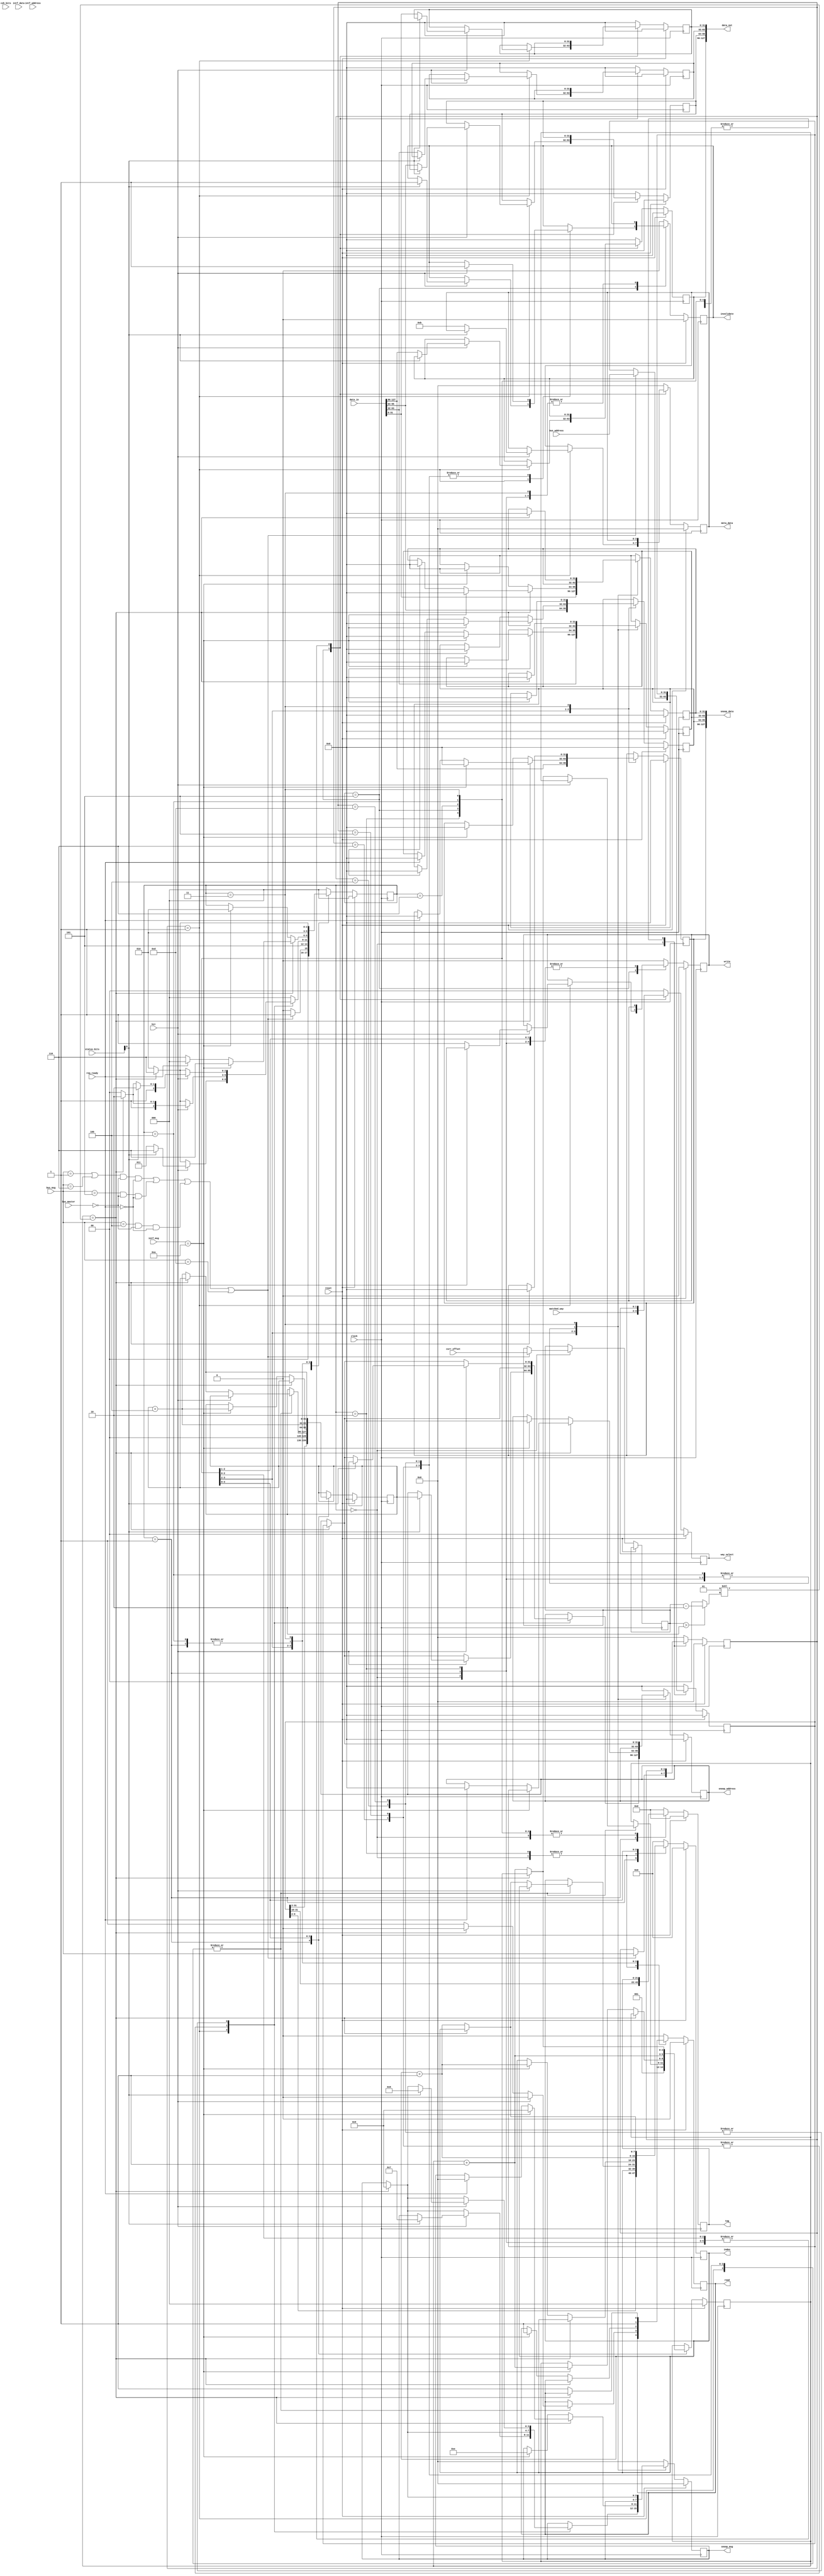
/** @module : snooper
 *  @author : Adaptive & Secure Computing Systems (ASCS) Laboratory

 *  Copyright (c) 2018 BRISC-V (ASCS/ECE/BU)
 *  Permission is hereby granted, free of charge, to any person obtaining a copy
 *  of this software and associated documentation files (the "Software"), to deal
 *  in the Software without restriction, including without limitation the rights
 *  to use, copy, modify, merge, publish, distribute, sublicense, and/or sell
 *  copies of the Software, and to permit persons to whom the Software is
 *  furnished to do so, subject to the following conditions:
 *  The above copyright notice and this permission notice shall be included in
 *  all copies or substantial portions of the Software.

 *  THE SOFTWARE IS PROVIDED "AS IS", WITHOUT WARRANTY OF ANY KIND, EXPRESS OR
 *  IMPLIED, INCLUDING BUT NOT LIMITED TO THE WARRANTIES OF MERCHANTABILITY,
 *  FITNESS FOR A PARTICULAR PURPOSE AND NONINFRINGEMENT. IN NO EVENT SHALL THE
 *  AUTHORS OR COPYRIGHT HOLDERS BE LIABLE FOR ANY CLAIM, DAMAGES OR OTHER
 *  LIABILITY, WHETHER IN AN ACTION OF CONTRACT, TORT OR OTHERWISE, ARISING FROM,
 *  OUT OF OR IN CONNECTION WITH THE SOFTWARE OR THE USE OR OTHER DEALINGS IN
 *  THE SOFTWARE.
 */

module snooper #(
parameter CACHE_OFFSET_BITS =  2, //max offset bits from cache side
          BUS_OFFSET_BITS   =  1, //determines width of the bus
          DATA_WIDTH        = 32,
          ADDRESS_WIDTH     = 32,
          MSG_BITS          =  4,
          INDEX_BITS        =  8,  //max index bits for the cache
          COHERENCE_BITS    =  2,
          STATUS_BITS       =  2,
          NUMBER_OF_WAYS    =  4,
	        MAX_OFFSET_BITS   =  2
)(
clock,
reset,
data_in,
matched_way,
coh_bits,
status_bits,
hit,
read, 
write, 
invalidate,
index,
tag,
meta_data,
data_out,
way_select,

intf_msg,
intf_address,
intf_data,
snoop_msg,
snoop_address,
snoop_data,

bus_msg,
bus_address,
req_ready,
bus_master,
curr_offset
);

//define the log2 function
function integer log2;
input integer value;
begin
  value = value-1;
  for (log2=0; value>0; log2=log2+1)
    value = value >> 1;
end
endfunction

localparam CACHE_WORDS = 1 << CACHE_OFFSET_BITS; //number of words in one line.
localparam BUS_WORDS   = 1 << BUS_OFFSET_BITS; //width of data bus.
localparam CACHE_WIDTH = DATA_WIDTH*CACHE_WORDS;
localparam SBITS       = COHERENCE_BITS + STATUS_BITS;
localparam TAG_BITS    = ADDRESS_WIDTH - CACHE_OFFSET_BITS - INDEX_BITS;
localparam WAY_BITS    = (NUMBER_OF_WAYS > 1) ? log2(NUMBER_OF_WAYS) : 1;

localparam IDLE            = 3'd0,
           START           = 3'd1,
           READ_LINE       = 3'd2,
           WRITE_LINE      = 3'd3,
           INVALIDATE_LINE = 3'd4,
           ACTION          = 3'd5,
           WAIT_FOR_RESP   = 3'd6;

// Define INCLUDE_FILE  to point to /includes/params.h. The path should be
// relative to your simulation/sysnthesis directory. You can add the macro
// when compiling this file in modelsim by adding the following argument to the
// vlog command that compiles this module:
// +define+INCLUDE_FILE="../../../includes/params.h"
//bus messages
localparam NO_REQ     = 4'd0,
           R_REQ      = 4'd1,
           WB_REQ     = 4'd2,
           FLUSH      = 4'd3,
           FLUSH_S    = 4'd4,
           WS_BCAST   = 4'd5,
           RFO_BCAST  = 4'd6,
           C_WB       = 4'd7,
           C_FLUSH    = 4'd8,
           EN_ACCESS  = 4'd9,
           MEM_RESP   = 4'd10,
           MEM_RESP_S = 4'd11,
           MEM_C_RESP = 4'd12,
           REQ_FLUSH  = 4'd13,
           HOLD_BUS   = 4'd14;



// coherence states
localparam INVALID   = 2'b00,
           EXCLUSIVE = 2'b01,
           SHARED    = 2'b11,
           MODIFIED  = 2'b10;


input clock, reset;
//interface to cache memory
input  [CACHE_WIDTH-1   :0] data_in;
input  [WAY_BITS-1      :0] matched_way;
input  [COHERENCE_BITS-1:0] coh_bits;
input  [STATUS_BITS-1   :0] status_bits;
input  hit;
output read, write, invalidate;
output [INDEX_BITS-1    :0] index;
output [TAG_BITS-1      :0] tag;
output [SBITS-1         :0] meta_data;
output [CACHE_WIDTH-1   :0] data_out;
output [WAY_BITS-1      :0] way_select;

//interface to L1 bus interface
input  [MSG_BITS-1:      0] intf_msg;
input  [ADDRESS_WIDTH-1: 0] intf_address;
input  [CACHE_WIDTH-1:   0] intf_data;
output [MSG_BITS-1:      0] snoop_msg;
output [ADDRESS_WIDTH-1: 0] snoop_address;
output [CACHE_WIDTH-1:   0] snoop_data;

//interface to the shared bus
input  [MSG_BITS-1:      0] bus_msg;
input  [ADDRESS_WIDTH-1: 0] bus_address;
input req_ready;
input bus_master;
input [log2(MAX_OFFSET_BITS):0] curr_offset;


//internal variables
genvar i;
integer j;

wire [DATA_WIDTH-1:0] w_cache_data [CACHE_WORDS-1:0];
wire [MAX_OFFSET_BITS-1:0] offset_diff;
wire [MAX_OFFSET_BITS  :0] ratio;
wire wider_transfer, wider_line;
wire read_req, write_req, flush_req, mflush_req;
wire dirty;


reg [2:0] state;
reg r_read, r_write, r_invalidate;
reg [INDEX_BITS-1 :0] r_index;
reg [TAG_BITS-1   :0] r_tag;
reg [SBITS-1      :0] r_meta_data;
reg [DATA_WIDTH-1: 0] r_data_out [CACHE_WORDS-1:0];
reg [WAY_BITS-1   :0] r_way_select;
reg [MSG_BITS-1:     0] r_snoop_msg;
reg [ADDRESS_WIDTH-1:0] r_snoop_address;
reg [DATA_WIDTH-1:   0] r_snoop_data [CACHE_WORDS-1:0];
reg [MSG_BITS-1:     0] r_bus_msg;
reg [ADDRESS_WIDTH-1:0] r_bus_address;
reg [DATA_WIDTH-1:   0] r_transfer_words;
reg [ADDRESS_WIDTH-1:0] address_counter;
reg [MAX_OFFSET_BITS:0] line_counter, word_counter;
reg [log2(MAX_OFFSET_BITS):0] r_curr_offset;


generate
  for(i=0; i<CACHE_WORDS; i=i+1)begin: SPLIT_CACHE_DATA
    assign w_cache_data[i] = data_in[i*DATA_WIDTH +: DATA_WIDTH];
  end
endgenerate

assign dirty = status_bits[STATUS_BITS-2];

assign offset_diff = (r_curr_offset > CACHE_OFFSET_BITS) ? 
                     (r_curr_offset - CACHE_OFFSET_BITS) : 0;

assign ratio = 1 << offset_diff;
assign wider_transfer = r_curr_offset     >  CACHE_OFFSET_BITS;
assign wider_line     = CACHE_OFFSET_BITS >= r_curr_offset;

assign read_req   = ((bus_msg == R_REQ) | (bus_msg == RFO_BCAST)) & ~bus_master
                    & ~req_ready;
assign write_req  = (bus_msg == WS_BCAST) & ~bus_master & ~req_ready;
assign mflush_req = (bus_msg == REQ_FLUSH);
assign flush_req  = (bus_msg == FLUSH_S) & ~bus_master & ~req_ready;


//assign outputs
assign read = r_read;
assign write = r_write;
assign invalidate = r_invalidate;
assign index = r_index;
assign tag = r_tag;
assign meta_data = r_meta_data;
assign way_select = r_way_select;
assign snoop_msg = r_snoop_msg;
assign snoop_address = r_snoop_address;

generate
  for(i=0; i<CACHE_WORDS; i=i+1)begin: SN_DATA
    assign snoop_data[i*DATA_WIDTH +: DATA_WIDTH] = r_snoop_data[i];
    assign data_out[i*DATA_WIDTH +: DATA_WIDTH]   = r_data_out[i]  ;
  end
endgenerate





//coherence FSM
always @(posedge clock)begin
  if(reset)begin
    r_read       <= 1'b0;
    r_write      <= 1'b0;
    r_invalidate <= 1'b0;
    r_index      <= {INDEX_BITS{1'b0}};
    r_tag        <= {TAG_BITS{1'b0}};
    r_meta_data  <= {SBITS{1'b0}};
    r_way_select <= {WAY_BITS{1'b0}};
    for(j=0; j<CACHE_WORDS; j=j+1)begin
      r_data_out[j] <= {DATA_WIDTH{1'b0}};
    end
    r_snoop_msg <= NO_REQ;
    r_snoop_address <= {ADDRESS_WIDTH{1'b0}};
    for(j=0; j<CACHE_WORDS; j=j+1)begin
      r_snoop_data[j] <= {DATA_WIDTH{1'b0}};
    end
    r_bus_address   <= {ADDRESS_WIDTH{1'b0}};
    address_counter <= {ADDRESS_WIDTH{1'b0}};
    r_bus_msg       <= NO_REQ;
    line_counter    <= {(MAX_OFFSET_BITS+1){1'b0}};
    word_counter    <= {MAX_OFFSET_BITS{1'b0}};
    state           <= IDLE;
  end
  else begin
    case(state)
      IDLE:begin
        if(read_req | write_req | flush_req | mflush_req)begin
          r_bus_msg     <= bus_msg;
          r_bus_address <= bus_address;
          r_curr_offset <= curr_offset;
          state         <= START;
        end
        else
          state <= IDLE;
      end
      START:begin
        r_index         <= r_bus_address[CACHE_OFFSET_BITS +: INDEX_BITS];
        address_counter <= {r_bus_address[ADDRESS_WIDTH-1 : CACHE_OFFSET_BITS],
                           {CACHE_OFFSET_BITS{1'b0}}};
        r_tag           <= r_bus_address[ADDRESS_WIDTH-1 -: TAG_BITS];
        r_read          <= 1'b1;
        line_counter    <= 1;
        state           <= READ_LINE;
      end
      READ_LINE:begin
        state <= ACTION;
      end
      ACTION:begin
        for(j=0; j<CACHE_WORDS; j=j+1)begin
          r_snoop_data[j] <= w_cache_data[j];
        end
        r_way_select <= matched_way;
        case(r_bus_msg)
          R_REQ:begin
            if(hit)begin
              if(dirty)begin
                r_snoop_msg     <= C_WB;
                r_snoop_address <= address_counter;
                r_read          <= 1'b0;
                r_invalidate    <= 1'b1;
                state           <= WAIT_FOR_RESP;
              end
              else begin
                r_read       <= 1'b0;
                r_write      <= 1'b1;
                r_meta_data  <= {2'b10, SHARED};
                for(j=0; j<CACHE_WORDS; j=j+1)begin
                  r_data_out[j] <= w_cache_data[j];
                end
                state        <= WRITE_LINE;
              end
            end
            else begin
              if(line_counter == ratio)begin
                r_read          <= 1'b0;
                r_snoop_msg     <= EN_ACCESS;
                r_snoop_address <= r_bus_address;
                state           <= WAIT_FOR_RESP;
              end
              else begin
                r_read          <= 1'b1;
                r_index         <= r_index + 1;
                address_counter <= address_counter + CACHE_WORDS;
                line_counter    <= line_counter + 1;
                state           <= READ_LINE;
              end
            end
          end
          RFO_BCAST:begin
            if(hit)begin
              if(line_counter == ratio)begin
                r_read          <= 1'b0;
                r_invalidate    <= 1'b1;
                r_snoop_msg     <= EN_ACCESS;
                r_snoop_address <= r_bus_address;
                state           <= WAIT_FOR_RESP;
              end
              else begin
                r_read       <= 1'b0;
                r_invalidate <= 1'b1;
                state        <= INVALIDATE_LINE;
              end
            end
            else begin
              if(line_counter == ratio)begin
                r_read          <= 1'b0;
                r_snoop_msg     <= EN_ACCESS;
                r_snoop_address <= r_bus_address;
                state           <= WAIT_FOR_RESP;
              end
              else begin
                r_read          <= 1'b1;
                r_index         <= r_index + 1;
                address_counter <= address_counter + CACHE_WORDS;
                line_counter    <= line_counter + 1;
                state           <= READ_LINE;
              end
            end
          end
          WS_BCAST:begin
            if(hit)begin
              if(line_counter == ratio)begin
                r_read          <= 1'b0;
                r_invalidate    <= 1'b1;
                r_snoop_msg     <= EN_ACCESS;
                r_snoop_address <= r_bus_address;
                state           <= WAIT_FOR_RESP;
              end
              else begin
                r_read       <= 1'b0;
                r_invalidate <= 1'b1;
                state        <= INVALIDATE_LINE;
              end
            end
            else begin
              if(line_counter == ratio)begin
                r_read          <= 1'b0;
                r_snoop_msg     <= EN_ACCESS;
                r_snoop_address <= r_bus_address;
                state <= WAIT_FOR_RESP;
              end
              else begin
                r_read          <= 1'b1;
                r_index         <= r_index + 1;
                address_counter <= address_counter + CACHE_WORDS;
                line_counter    <= line_counter + 1;
                state           <= READ_LINE;
              end
            end
          end
          FLUSH_S:begin
            if(hit)begin
              if(dirty)begin
                r_snoop_msg     <= C_FLUSH;
                r_snoop_address <= address_counter;
                r_read          <= 1'b0;
                r_invalidate    <= 1'b1;
                state           <= WAIT_FOR_RESP;
              end
              else begin
                if(line_counter == ratio)begin
                  r_read          <= 1'b0;
                  r_invalidate    <= 1'b1;
                  r_snoop_msg     <= EN_ACCESS;
                  r_snoop_address <= r_bus_address;
                  state           <= WAIT_FOR_RESP;  
                end
                else begin
                  r_read          <= 1'b0;
                  r_invalidate    <= 1'b1;
                  state           <= INVALIDATE_LINE;
                end
              end
            end
            else begin
              if(line_counter == ratio)begin
                r_read          <= 1'b0;
                r_snoop_msg     <= EN_ACCESS;
                r_snoop_address <= r_bus_address;
                state           <= WAIT_FOR_RESP;
              end
              else begin
                r_read          <= 1'b1;
                r_index         <= r_index + 1;
                address_counter <= address_counter + CACHE_WORDS;
                line_counter    <= line_counter + 1;
                state           <= READ_LINE;
              end
            end
          end
          REQ_FLUSH:begin
            if(hit)begin
              if(dirty)begin
                r_snoop_msg     <= C_FLUSH;
                r_snoop_address <= address_counter;
                r_read          <= 1'b0;
                r_invalidate    <= 1'b1;
                state           <= WAIT_FOR_RESP;
              end
              else begin
                if(line_counter == ratio)begin
                  r_read          <= 1'b0;
                  r_invalidate    <= 1'b1;
                  r_snoop_msg     <= EN_ACCESS;
                  r_snoop_address <= r_bus_address;
                  state <= WAIT_FOR_RESP;  
                end
                else begin
                  r_read          <= 1'b0;
                  r_invalidate    <= 1'b1;
                  state           <= INVALIDATE_LINE;
                end
              end
            end
            else begin
              if(line_counter == ratio)begin
                r_read          <= 1'b0;
                r_snoop_msg     <= EN_ACCESS;
                r_snoop_address <= r_bus_address;
                state           <= WAIT_FOR_RESP;
              end
              else begin
                r_read          <= 1'b1;
                r_index         <= r_index + 1;
                address_counter <= address_counter + CACHE_WORDS;
                line_counter    <= line_counter + 1;
                state           <= READ_LINE;
              end
            end
          end
          default:begin
            state <= IDLE;
          end
        endcase
      end
      WAIT_FOR_RESP:begin
        r_invalidate <= 1'b0;
        if(line_counter == ratio)begin
          if(intf_msg == MEM_RESP)begin
            r_snoop_msg     <= EN_ACCESS;
            r_snoop_address <= r_bus_address;
            for(j=0; j<CACHE_WORDS; j=j+1)begin
              r_snoop_data[j] <= {DATA_WIDTH{1'b0}};
            end
            state <= WAIT_FOR_RESP;
          end
          else if(req_ready)begin
            r_snoop_msg     <= NO_REQ;
            r_snoop_address <= {ADDRESS_WIDTH{1'b0}};
            for(j=0; j<CACHE_WORDS; j=j+1)begin
              r_snoop_data[j] <= {DATA_WIDTH{1'b0}};
            end
            state <= IDLE;
          end
          else
            state <= WAIT_FOR_RESP;
        end
        else begin
          if(intf_msg == MEM_RESP)begin
              r_read          <= 1'b1;
              r_index         <= r_index + 1;
              address_counter <= address_counter + CACHE_WORDS;
              line_counter    <= line_counter + 1;
              r_snoop_msg     <= HOLD_BUS;
              r_snoop_address <= {ADDRESS_WIDTH{1'b0}};
              for(j=0; j<CACHE_WORDS; j=j+1)begin
                r_snoop_data[j] <= {DATA_WIDTH{1'b0}};
              end
              state <= READ_LINE;
          end
        end
      end
      INVALIDATE_LINE:begin
        r_invalidate    <= 1'b0;
        r_read          <= 1'b1;
        r_index         <= r_index + 1;
        address_counter <= address_counter + CACHE_WORDS;
        line_counter    <= line_counter + 1;
        state           <= READ_LINE;
      end
      WRITE_LINE:begin
        r_write <= 1'b0;
        if(line_counter == ratio)begin
          r_snoop_msg     <= EN_ACCESS;
          r_snoop_address <= r_bus_address;
          for(j=0; j<CACHE_WORDS; j=j+1)begin
            r_snoop_data[j] <= {DATA_WIDTH{1'b0}};
          end
          state <= WAIT_FOR_RESP;
        end
        else begin
          r_read          <= 1'b1;
          r_index         <= r_index + 1;
          address_counter <= address_counter+ CACHE_WORDS;
          line_counter    <= line_counter + 1;
          state           <= READ_LINE;
        end
      end
      default:begin
        r_read       <= 1'b0;
        r_write      <= 1'b0;
        r_invalidate <= 1'b0;
        r_index      <= {INDEX_BITS{1'b0}};
        r_tag        <= {TAG_BITS{1'b0}};
        r_meta_data  <= {SBITS{1'b0}};
        r_way_select <= {WAY_BITS{1'b0}};
        for(j=0; j<CACHE_WORDS; j=j+1)begin
          r_data_out[j] <= {DATA_WIDTH{1'b0}};
        end
        r_snoop_msg <= NO_REQ;
        r_snoop_address <= {ADDRESS_WIDTH{1'b0}};
        for(j=0; j<BUS_WORDS; j=j+1)begin
          r_snoop_data[j] <= {DATA_WIDTH{1'b0}};
        end
        r_bus_address <= {ADDRESS_WIDTH{1'b0}};
        r_bus_msg     <= NO_REQ;
        state <= IDLE;
      end
    endcase
  end
end

endmodule